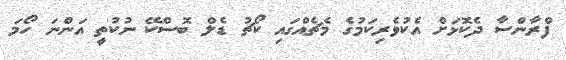
ފްރާންސާ ދެކޮޅަށް އެކުވެރިކަމުގެ މެޗެއްގައި ކޯޗު ޑެލް ބޮސްކޭ ނުކުތީ އަންނަ ހޯމަ